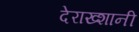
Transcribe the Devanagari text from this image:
देराख्शानी